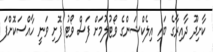
ކާށިދޫ ދާއިރާގެ ބައި އިލެކްޝަންގެ ވޯޓުލުމަށް ފަސް ވޯޓު ފޮށި ވަނީ ހާއްސަކޮށްފަ